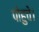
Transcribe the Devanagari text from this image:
पोहुचे।